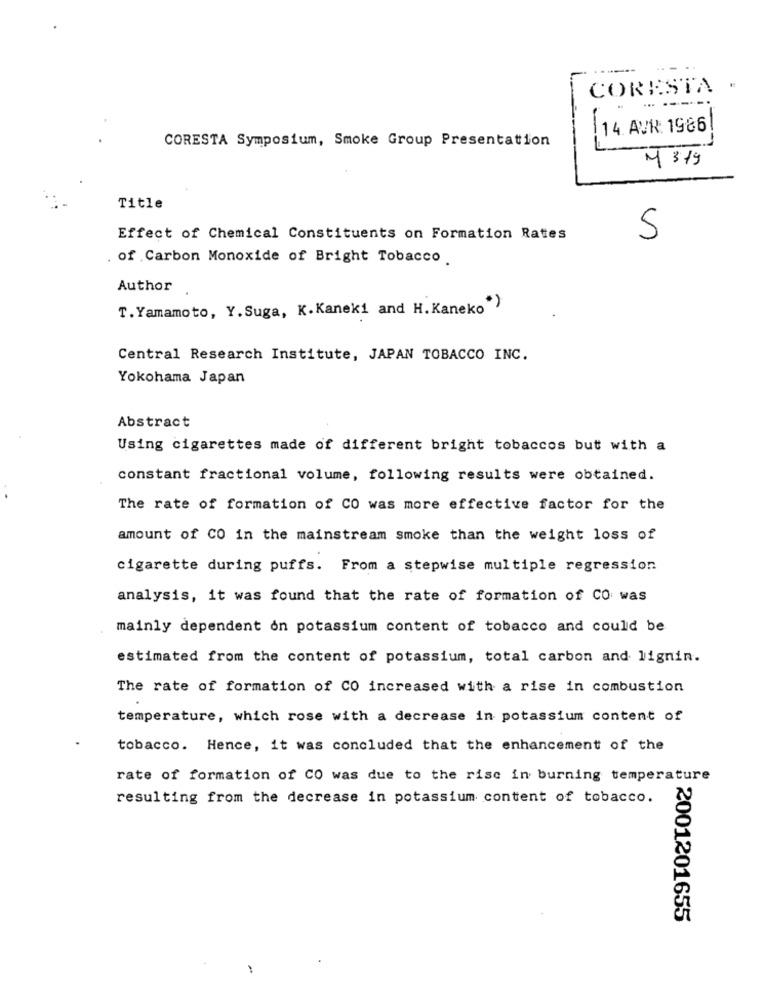
-----
CORESTA €
14. AVR: 1986
CORESTA Symposium, Smoke Group Presentation
M 319
Title
Effect of Chemical Constituents on Formation Rates
5
. of Carbon Monoxide of Bright Tobacco.
Author
T. Yamamoto, Y. Suga, K.Kaneki and H. Kaneko")
Central Research Institute, JAPAN TOBACCO INC.
Yokohama Japan
Abstract
Using cigarettes made of different bright tobaccos but with a
constant fractional volume, following results were obtained.
The rate of formation of CO was more effective factor for the
amount of CO in the mainstream smoke than the weight loss of
cigarette during puffs. From a stepwise multiple regression
analysis, it was found that the rate of formation of CO was
mainly dependent on potassium content of tobacco and could be
estimated from the content of potassium, total carbon and lignin.
The rate of formation of CO increased with a rise in combustion
temperature, which rose with a decrease in potassium content of
tobacco. Hence, it was concluded that the enhancement of the
rate of formation of CO was due to the rise in burning temperature
resulting from the decrease in potassium content of tobacco.
2001201655
-